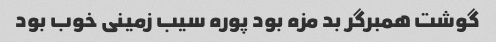
گوشت همبرگر بد مزه بود پوره سیب زمینی خوب بود